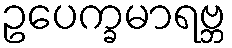
ဥပေက္ခမာရဗ္ဘ